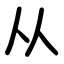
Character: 从